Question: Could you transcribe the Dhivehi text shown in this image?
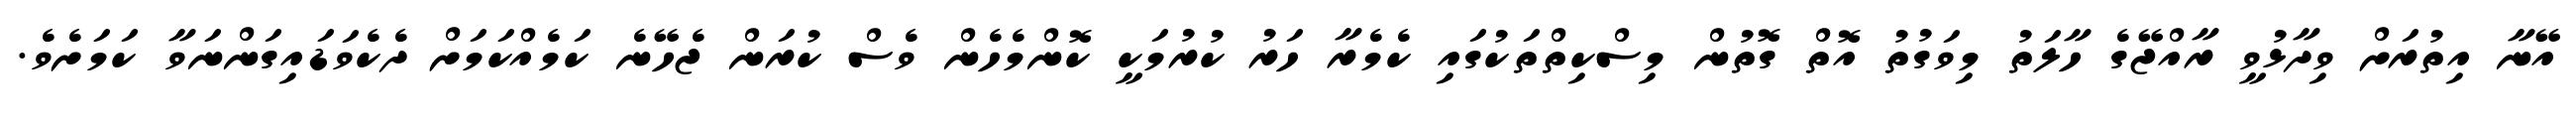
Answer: އޭނާ އިތުރަށް ވިދާޅުވީ ރާއްޖޭގެ ހާލަތު މިވަގުތު އޮތް ގޮތުން މިސްކިތްތަކުގައި ކެމެރާ ހަރު ކުރުމަކީ ކޮންމެހެން ވެސް ކުރަން ޖެހޭނެ ކަމެއްކަމަށް ދެކެވަޑައިގަންނަވާ ކަމަށެވެ.